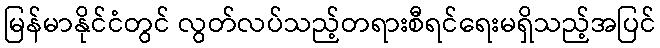
မြန်မာနိုင်ငံတွင် လွတ်လပ်သည့်တရားစီရင်ရေးမရှိသည့်အပြင်